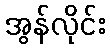
အွန်လိုင်း